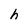
Character: h